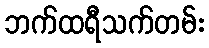
ဘက်ထရီသက်တမ်း